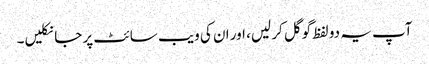
آپ یہ دو لفظ گوگل کر لیں، اور ان کی ویب سائٹ پر جا نکلیں۔